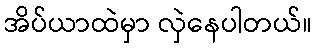
အိပ်ယာထဲမှာ လှဲနေပါတယ်။